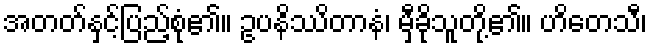
အတတ်နှင့်ပြည့်စုံ၏။ ဥပနိဿိတာနံ၊ မှီခိုသူတို့၏။ ဟိတေသီ၊